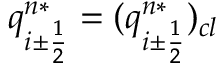
q _ { i \pm \frac { 1 } { 2 } } ^ { n * } = ( q _ { i \pm \frac { 1 } { 2 } } ^ { n * } ) _ { c l }